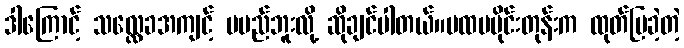
ဒါကြောင့် သလ္လေခအကျင့် မမည်ဘူးလို့ ဆိုချင်ပါတယ်။ပထမပိုင်းတုန်းက ထုတ်ပြခဲ့တဲ့